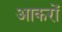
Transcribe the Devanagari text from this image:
आकरों